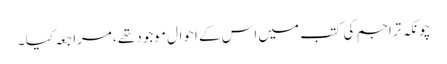
چونکہ تراجم کی کتب میں اس کے احوال موجود تھے ،مراجعہ کیا ۔